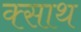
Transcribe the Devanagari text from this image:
क्साथ